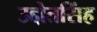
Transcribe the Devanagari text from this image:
उद्दोतसिंह